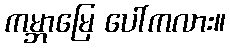
ကမ္ဘာမြေ ပေါ်ကလား။